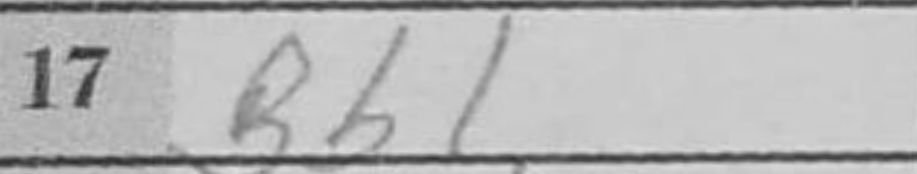
Transcription: Bb1